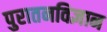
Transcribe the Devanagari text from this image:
पुरातनविज्ञान